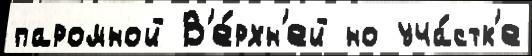
паромной В'е́рхн'ей но уча́стк'е